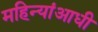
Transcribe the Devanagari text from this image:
महिन्यांआधी